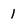
Character: 1